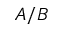
A / B